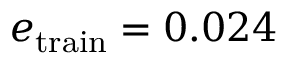
e _ { \mathrm { t r a i n } } = 0 . 0 2 4